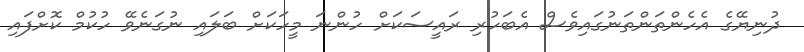
ދުނިޔޭގެ އެހެންތަންތަނުގައިވެސް އެބަހުރި ރައީސަކަށް ހުންނަ މީހަކަށް ބަލައި ނުގަނެވޭ ހުކުމް ކޮށްފައި